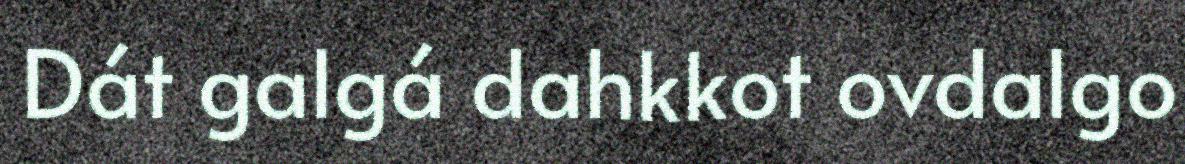
Dát galgá dahkkot ovdalgo